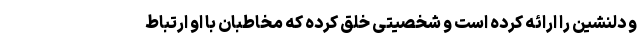
و دلنشین را ارائه کرده است و شخصیتی خلق کرده که مخاطبان با او ارتباط